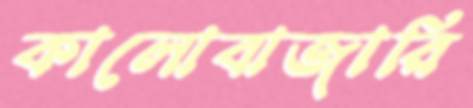
কালোবাজারি